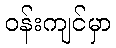
ဝန်းကျင်မှာ